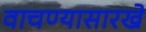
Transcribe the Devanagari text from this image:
वाचण्यासारखे